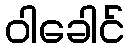
ဝါခေါင်